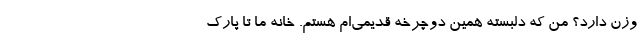
وزن دارد؟ من که دلبسته همین دوچرخه قدیمی‌ام هستم. خانه ما تا پارک